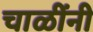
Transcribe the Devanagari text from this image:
चाळींनी